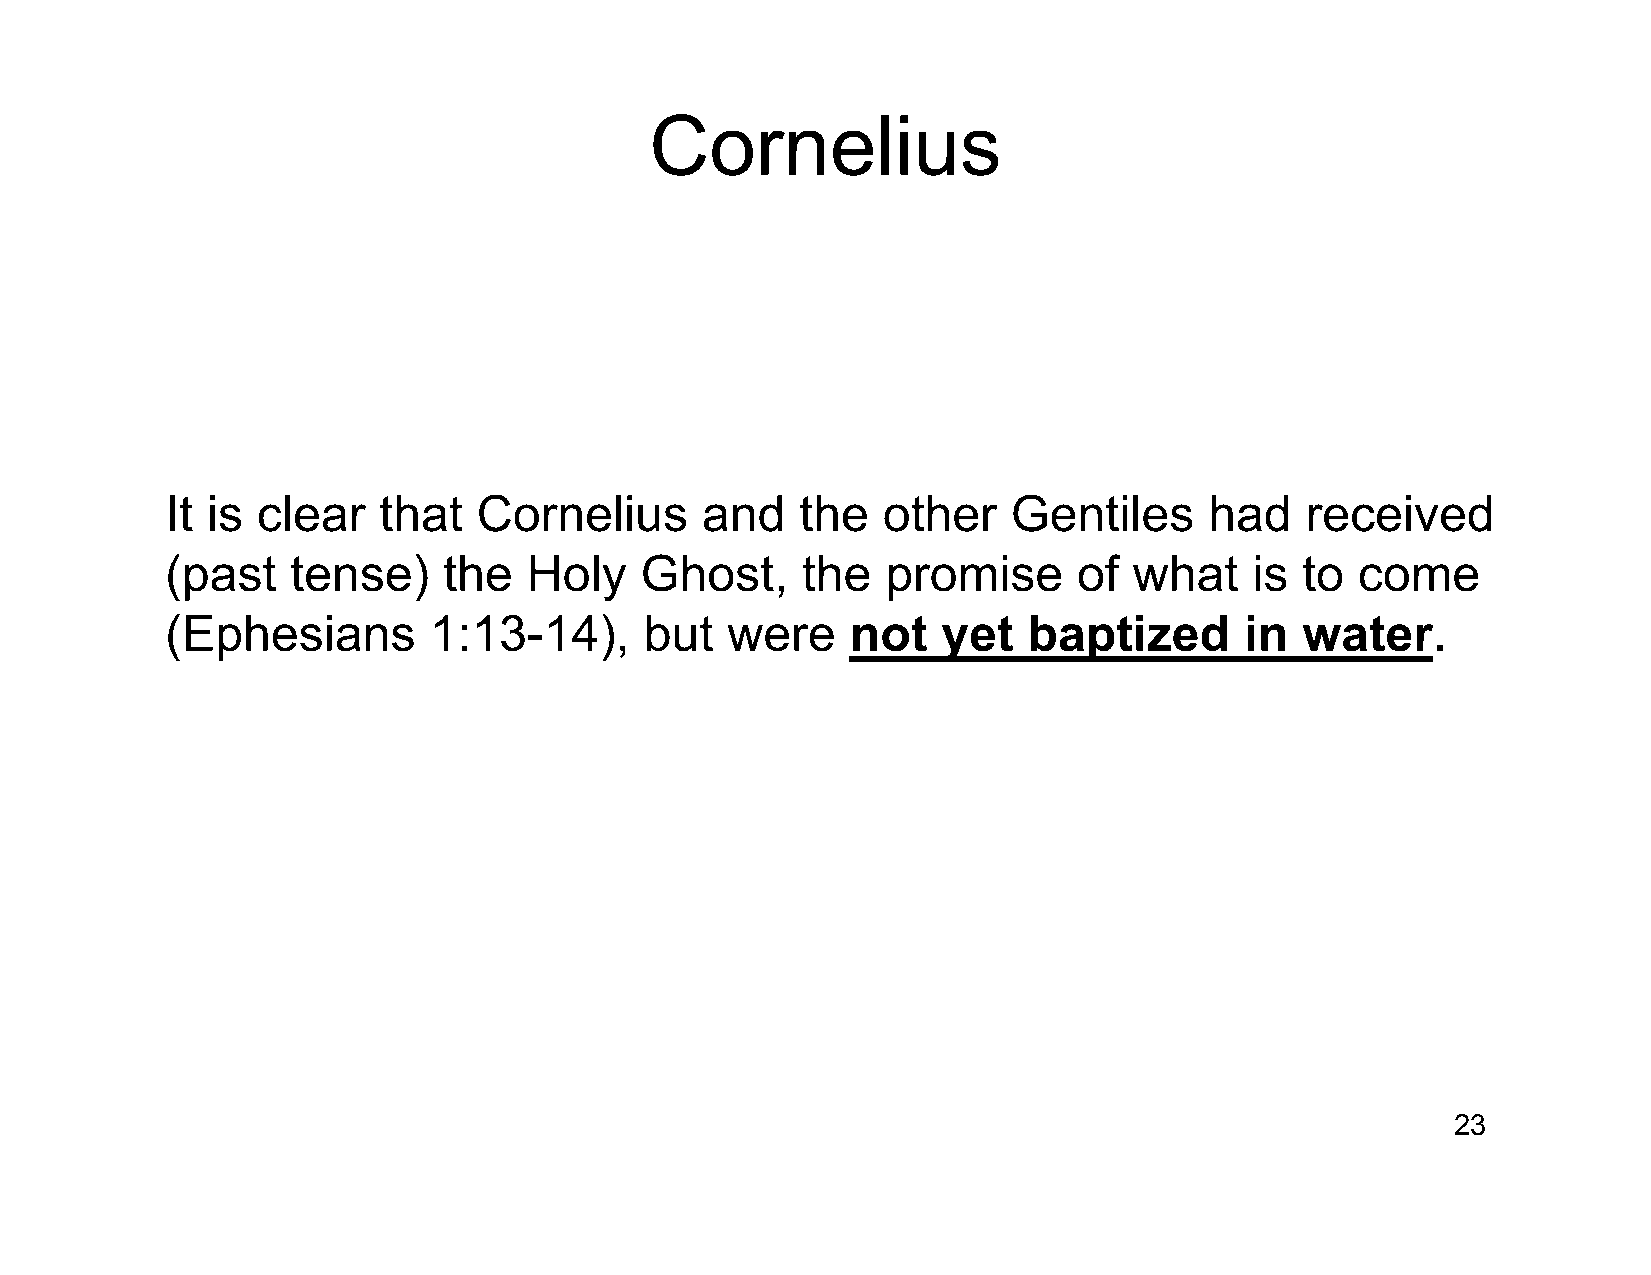
Cornelius
 It is clear   that   Cornelius     and    the  other    Gentiles     had   received
 (past   tense)    the   Holy   Ghost,     the   promise     of  what    is to  come
 (Ephesians       1:13-14),      but  were    not   yet   baptized      in  water.
 23